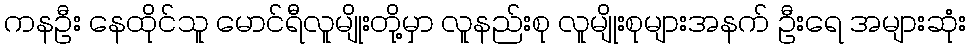
ကနဦး နေထိုင်သူ မောင်ရီလူမျိုးတို့မှာ လူနည်းစု လူမျိုးစုများအနက် ဦးရေ အများဆုံး